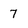
Character: 7